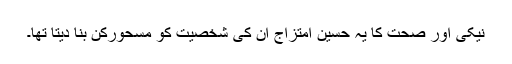
نیکی اور صحت کا یہ حسین امتزاج ان کی شخصیت کو مسحورکن بنا دیتا تھا۔